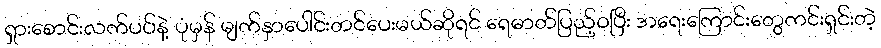
ရှားစောင်းလက်ပပ်နဲ့ ပုံမှန် မျက်နှာပေါင်းတင်ပေးမယ်ဆိုရင် ရေဓာတ်ပြည့်ဝပြီး အရေးကြောင်းတွေကင်းရှင်းတဲ့